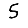
Digit: 5